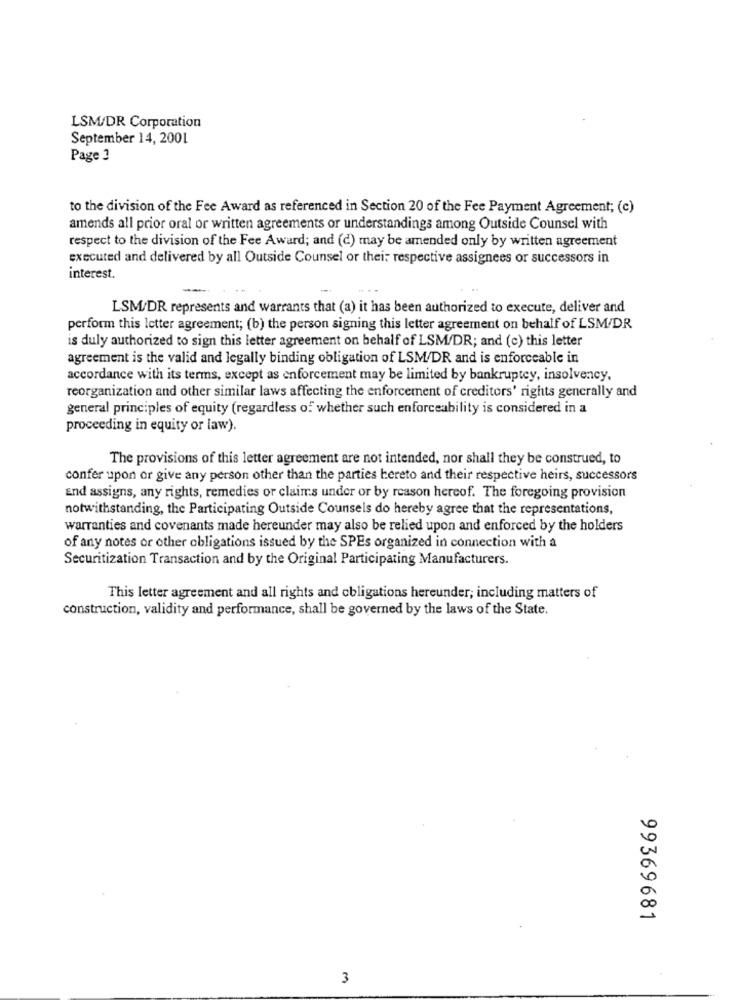
LSM/DR Corporation
September 14, 2001
Page 3
to the division of the Fee Award as referenced in Section 20 of the Fee Payment Agreement; (c)
amends all prior oral or written agreements or understandings among Outside Counsel with
respect to the division of the Fee Award; and (d) may be amended only by written agreement
executed and delivered by all Outside Counsel or their respective assignees or successors in
interest.
LSM/DR represents and warrants that (a) it has been authorized to execute, deliver and
perform this letter agreement; (b) the person signing this letter agreement on behalf of LSM/DR
is duly authorized to sign this letter agreement on behalf of LSM/DR; and (c) this letter
agreement is the valid and legally binding obligation of LSM/DR and is enforceable in
accordance with its terms, except as enforcement may be limited by bankruptcy, insolvency,
reorganization and other similar laws affecting the enforcement of creditors' rights generally and
general principles of equity (regardless of whether such enforceability is considered in a
proceeding in equity or law).
The provisions of this letter agreement are not intended, nor shall they be construed, to
confer upon or give any person other than the parties bereto and their respective heirs, successors
and assigns, any rights, remedies or claims under or by reason hereof. The foregoing provision
notwithstanding, the Participating Outside Counsels do hereby agree that the representations,
warranties and covenants made hereunder may also be relied upon and enforced by the holders
of any notes or other obligations issued by the SPEs organized in connection with a
Securitization Transaction and by the Original Participating Manufacturers.
This letter agreement and all rights and obligations hereunder; including matters of
construction, validity and performance, shall be governed by the laws of the State.
99369681
3